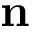
\mathbf { n }